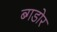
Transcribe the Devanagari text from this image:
ब्गडोर